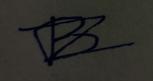
Signature authenticity: forged